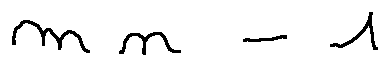
m n - 1